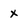
Character: x